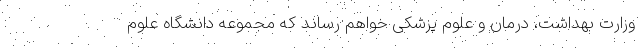
وزارت بهداشت، درمان و علوم پزشکی خواهم رساند که مجموعه دانشگاه علوم